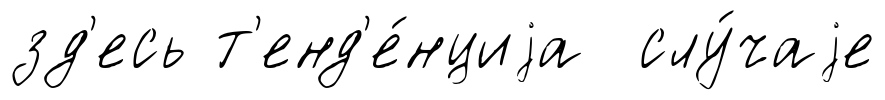
зд'есь т'енд'е́нциjа слу́чаjе